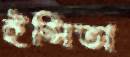
ইপ্সিতা